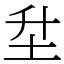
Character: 𡉼